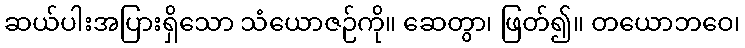
ဆယ်ပါးအပြားရှိသော သံယောဇဉ်ကို။ ဆေတွာ၊ ဖြတ်၍။ တယောဘဝေ၊